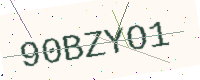
Text: 90BZYO1